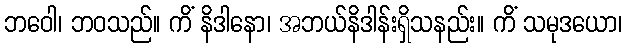
ဘဝေါ၊ ဘဝသည်။ ကိံ နိဒါနော၊ အဘယ်နိဒါန်းရှိသနည်း။ ကိံ သမုဒယော၊